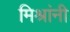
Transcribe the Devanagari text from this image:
मिश्रांनी